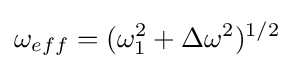
\omega _{eff}=(\omega _{1}^{2}+\Delta \omega ^{2})^{1/2}